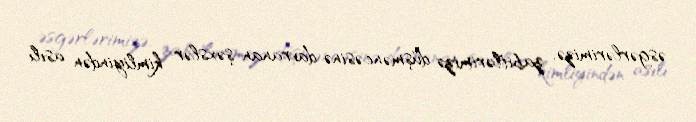
əsgərlərimizə, zabitlərimizə düşməncəsinə davranan şəxslər kimliyindən asılı